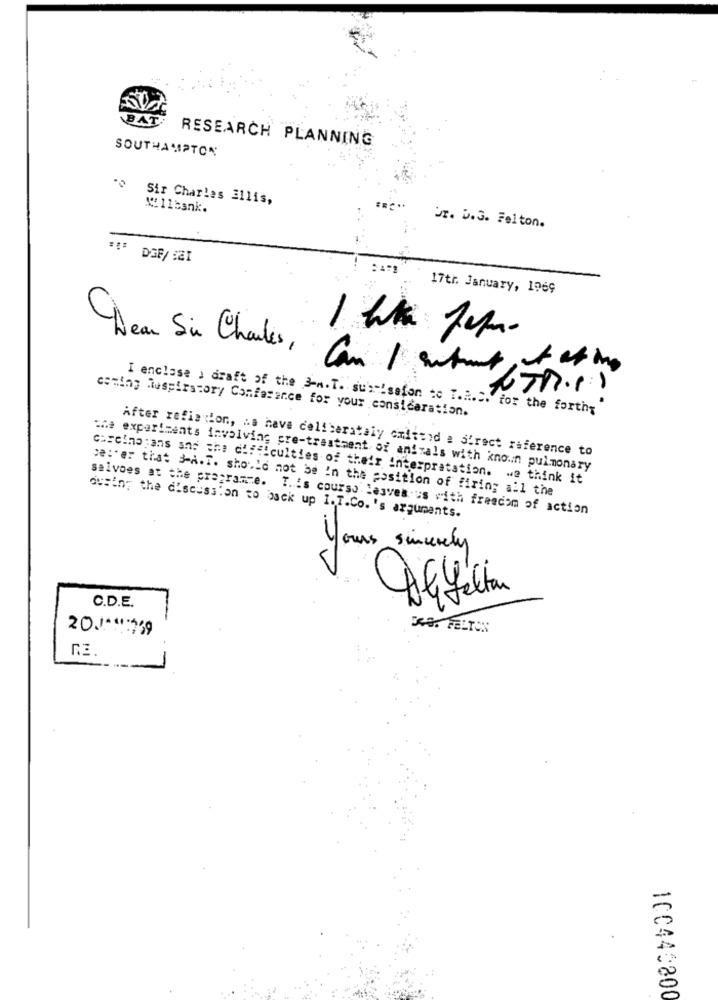
BAT
RESEARCH PLANNING
SOUTHAMPTON
Sir Charles Ellis,
1211bank.
ur. D.G. Felton.
DGF/ S21
17th January, 1969
Wear Sir Charles, Can I entrent
-
coming Respiratory Confarance for your consideration.
I enclose : draft of the 3-w. T. sub -! safon to T.R.C. for the forthy
After refis ion, na have deliberately omiteid a direct reference to
the experiments involving pre-treatment of animals with known pulmonary
carcino ;ans and the difficulties of their interpretation. we think it
se:'er that 3-A.T. should not be In the position of firing all the
salvoes at the programce. T .: s courso leaves'us with freecom of action
dusin; the discussion to back up I. T.Co.'s arguments.
Jours sincerely
your
C.D.E.
20.1.4739
R.3.
100445800